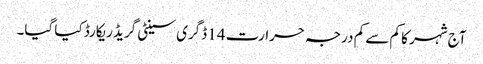
آج شہر کا کم سے کم درجہ حرارت 14 ڈگری سینٹی گریڈ ریکارڈ کیا گیا۔